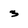
Character: 3